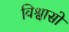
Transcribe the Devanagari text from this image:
विश्वासो